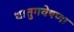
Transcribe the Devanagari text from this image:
धातुगवेषणा